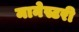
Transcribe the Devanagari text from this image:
मानेस्टरी